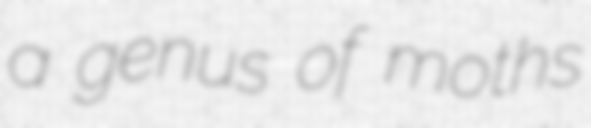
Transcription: a genus of moths